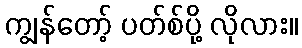
ကျွန်တော့် ပတ်စ်ပို့ လိုလား။